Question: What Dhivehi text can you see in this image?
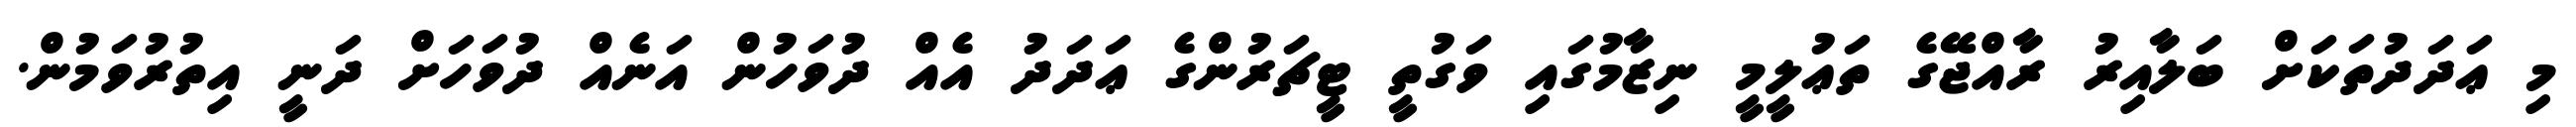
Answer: މި ޢަދަދުތަކަށް ބަލާއިރު ރާއްޖޭގެ ތަޢުލީމީ ނިޒާމުގައި ވަގުތީ ޓީޗަރުންގެ ޢަދަދު އެއް ދުވަހުން އަނެއް ދުވަހަށް ދަނީ އިތުރުވަމުން.